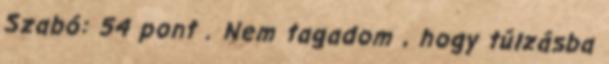
Szabó: 54 pont . Nem tagadom , hogy túlzásba